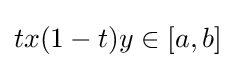
tx(1-t)y\in [a,b]